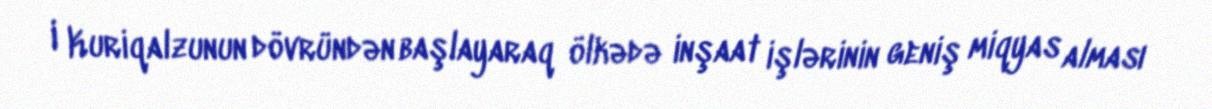
I Kuriqalzunun dövründən başlayaraq ölkədə inşaat işlərinin geniş miqyas alması